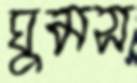
ঘুমস